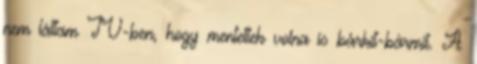
nem láttam TV-ben, hogy mentettek volna is bárkit-bármit. A